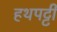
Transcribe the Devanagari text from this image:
हथपट्टी